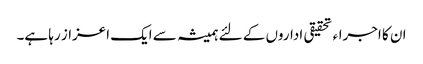
ان کا اجراء تحقیقی اداروں کے لئے ہمیشہ سے ایک اعزاز رہا ہے۔